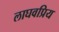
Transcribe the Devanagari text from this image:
लाघवप्रिय